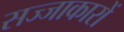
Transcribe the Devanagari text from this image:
सज्जाकारों